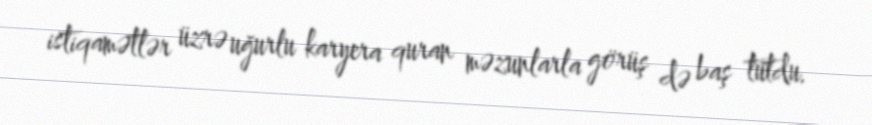
istiqamətlər üzrə uğurlu karyera quran məzunlarla görüş də baş tutdu.